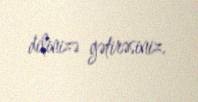
dilinizə gətirəsiniz.